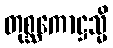
တုစ္ဆကောဋ္ဌသ္မိ